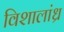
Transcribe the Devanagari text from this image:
विशालांध्र